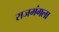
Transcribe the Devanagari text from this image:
राजमंगला